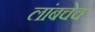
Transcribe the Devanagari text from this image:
लांबचेच